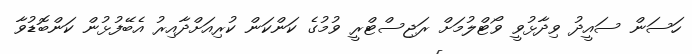
ހަސަން ސައީދު ވިދާޅުވީ ވޯޓްލުމަށް ރަޖިސްޓްރީ ވުމުގެ ކަންކަން ކުރިއަށްދާއިރު އެބޭފުޅުން ކަންބޮޑުވާ